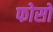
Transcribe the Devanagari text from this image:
फोसो